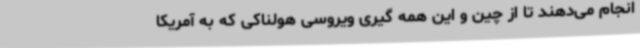
انجام می‌دهند تا از چین و این همه گیری ویروسی هولناکی که به آمریکا